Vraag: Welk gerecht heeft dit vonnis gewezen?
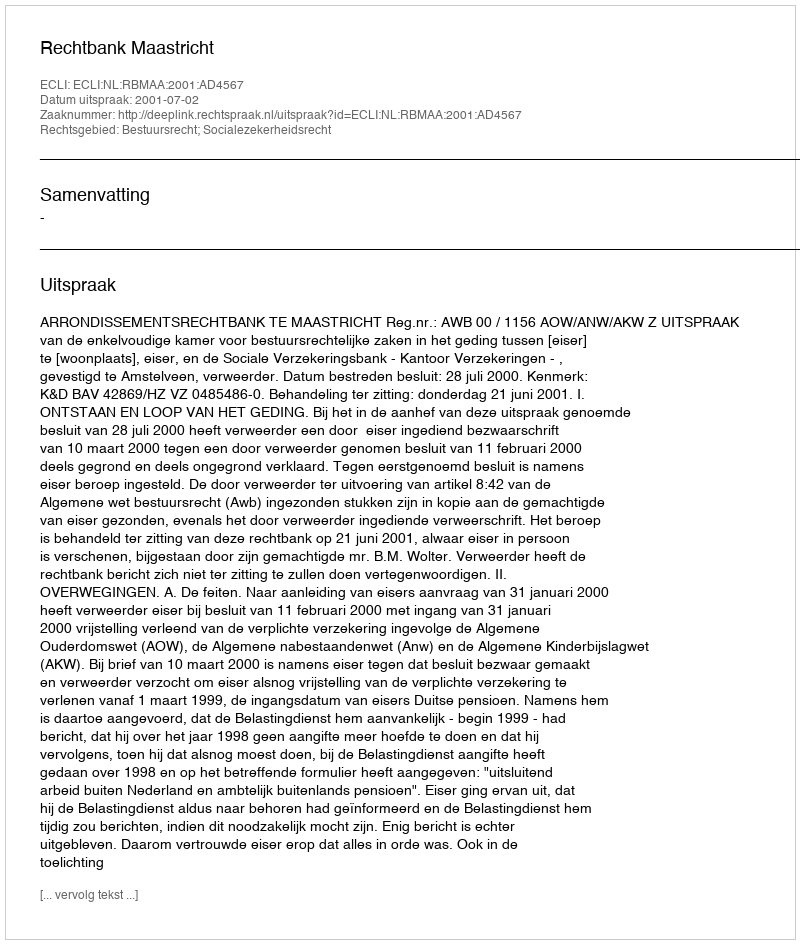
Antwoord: Rechtbank Maastricht